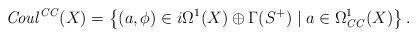
LaTeX: \begin{align*}\mathit{Coul}^\mathit{CC}(X) = \left\{ (a , \phi ) \in i \Omega^1 (X) \oplus \Gamma (S^+) \; | \; a \in\Omega^1_\mathit{CC} (X) \right\}. \end{align*}